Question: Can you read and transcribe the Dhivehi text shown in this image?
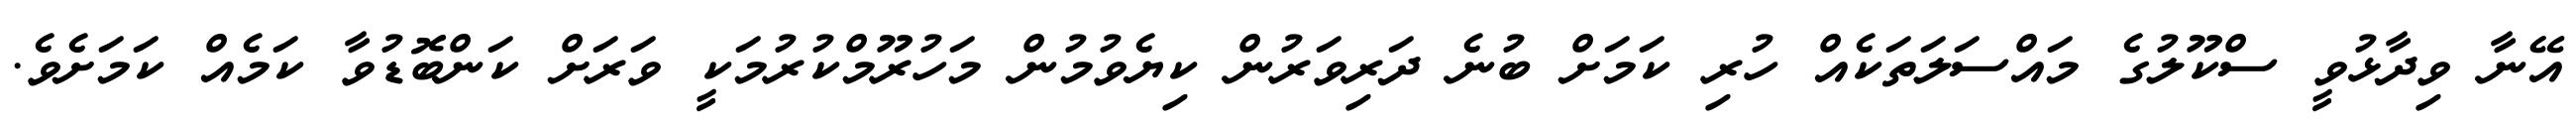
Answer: އޭނާ ވިދާޅުވީ ސްކޫލުގެ މައްސަލަތަކެއް ހުރި ކަމަށް ބުނެ ދަރިވަރުން ކިޔެވުމުން މަހުރޫމްކުރުމަކީ ވަރަށް ކަންބޮޑުވާ ކަމެއް ކަމަށެވެ.